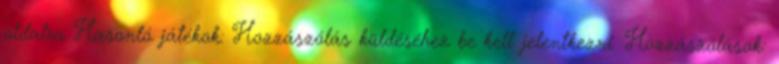
oldalra Hasonló játékok: Hozzászólás küldéséhez be kell jelentkezni. Hozzászólások: